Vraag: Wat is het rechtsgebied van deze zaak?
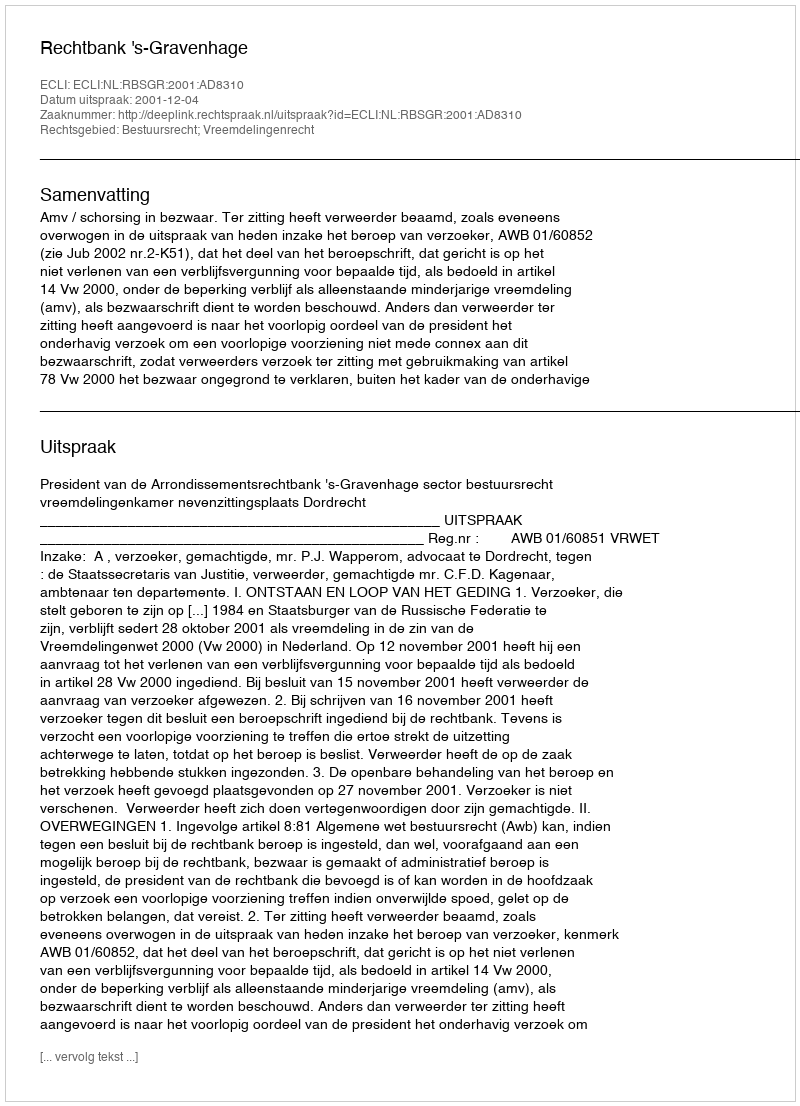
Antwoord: Bestuursrecht; Vreemdelingenrecht